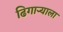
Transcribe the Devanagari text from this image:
ढिगाऱ्याला